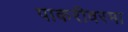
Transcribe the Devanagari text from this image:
पाकरीवरमा